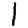
Digit: 1